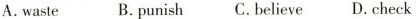
A. waste B. Punish C. believe D. check